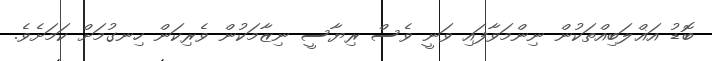
ބޮޑު އަޣްލަބިއްތަކުން ނިންމަވާފައި ވަނީ ވެސް ރިޔާސީ ނިޒާމަކުން ވެރިކަން ހިނގުމަށް ކަމަށެވެ.